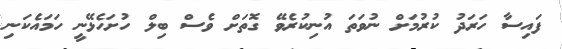
ފައިސާ ހަރަދު ކުރުމަށް ނުވަތަ އުނިކުރެވޭ ގޮތަށް ވެސް ބިލް ހުށަހެޅޭނީ ހަމައެކަނި